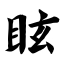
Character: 眩